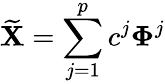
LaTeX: \widetilde{\mathbf{X}}=\sum_{j=1}^{p}c^{j}\mathbf{\Phi}^{j}